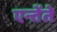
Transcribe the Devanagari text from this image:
एन्तेंते